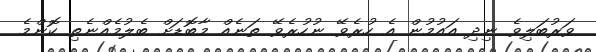
ވަރުބަލިވެ ނިދި އައުމުން އެ ހުރެވޭ ނުހުރެވޭ ތަނެއް މާބޮޑަށް ބެލުމެއްނެތި ކޮންމެ